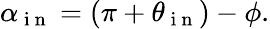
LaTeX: \alpha_{\mathrm{~i~n~}}=(\pi+\theta_{\mathrm{~i~n~}})-\phi.